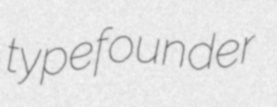
typefounder